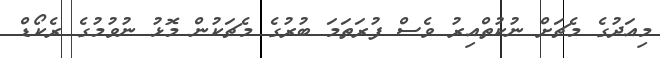
މިއަދުގެ މެޗަށް ނުކުތްއިރު ވެސް ފުރަތަމަ ބުރުގެ މެޗަކުން މޮޅު ނުވުމުގެ ރެކޯޑް